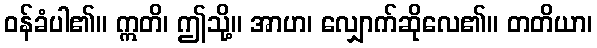
ဝန်ခံပါ၏။ ဣတိ၊ ဤသို့။ အာဟ၊ လျှောက်ဆိုလေ၏။ တတိယာ၊